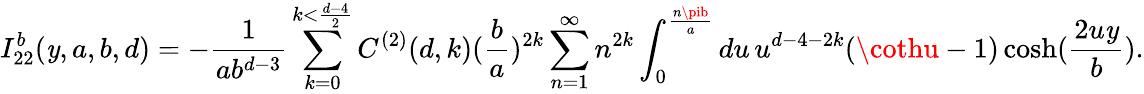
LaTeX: I_{22}^{b}(\mathit{y},a,b,d)=-\frac{{1}}{{ab^{d-3}}}\sum_{k=0}^{k<\frac{{d-4}}{{2}}}C^{(2)}(d,k)(\frac{{b}}{{a}})^{2k}\sum_{n=1}^{\infty}n^{2k}\int_{0}^{\frac{{n\pib}}{{a}}}du\, u^{d-4-2k}(\cothu-1)\cosh(\frac{{2u\mathit{y}}}{{b}}).